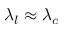
\lambda _ { l } \approx \lambda _ { c }